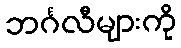
ဘင်္ဂလီများကို